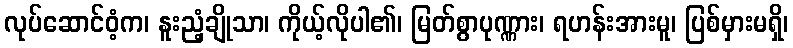
လုပ်ဆောင်ဝံ့က၊ နူးညံ့ချိုသာ၊ ကိုယ့်လိုပါ၏၊ မြတ်စွာပုဏ္ဏား၊ ရဟန်းအားမူ၊ ပြစ်မှားမရှိ၊